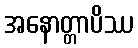
အနောတ္တာပိဿ